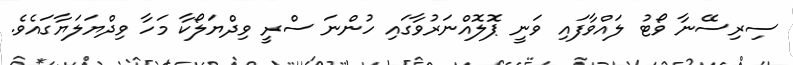
ސިރިސޭނާ ވޯޓު ލައްވާފައި ވަނީ ޕޮލޮއްނަރުވާގައި ހުންނަ ސްރީ ވިދްޔަލޯކާ މަހާ ވިދްޔަލަޔާގައެވެ.